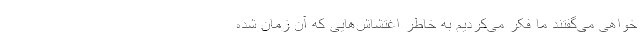
خواهی می‌گفتند ما فکر می‌کردیم به خاطر اغتشاش‌هایی که آن زمان شده